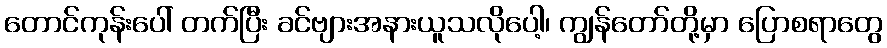
တောင်ကုန်းပေါ် တက်ပြီး ခင်ဗျားအနားယူသလိုပေါ့၊ ကျွန်တော်တို့မှာ ပြောစရာတွေ